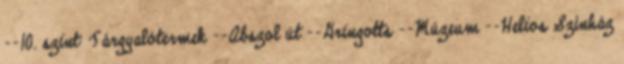
--10. szint: Tárgyalótermek --Abszol út --Gringotts --Múzeum --Helios Színház